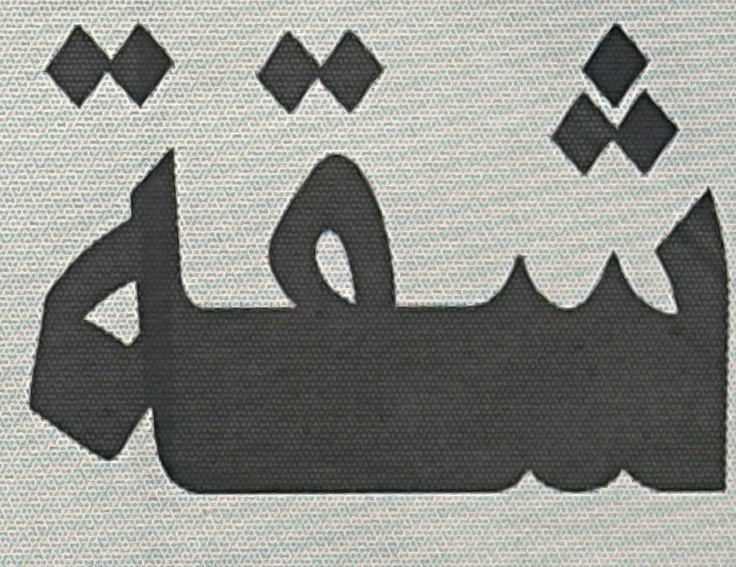
شقة